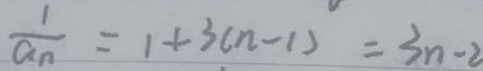
\frac { 1 } { a _ { n } } = 1 + 3 ( n - 1 ) = 3 n - 2